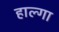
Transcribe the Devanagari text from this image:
हाल्गा